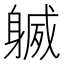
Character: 𨉧